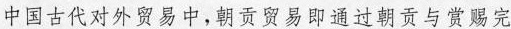
中国古代对外贸易中，朝贡贸易即通过朝贡与赏赐完